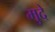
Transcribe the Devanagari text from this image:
मुदे